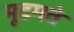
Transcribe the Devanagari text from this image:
मूढमते